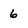
Character: 6